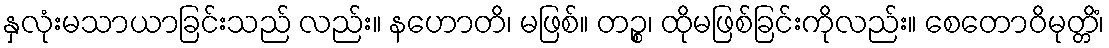
နှလုံးမသာယာခြင်းသည် လည်း။ နဟောတိ၊ မဖြစ်။ တဉ္စ၊ ထိုမဖြစ်ခြင်းကိုလည်း။ စေတောဝိမုတ္တိံ၊